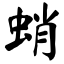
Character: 蛸